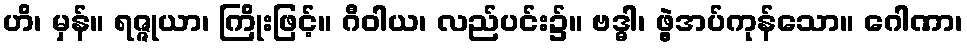
ဟိ၊ မှန်။ ရဇ္ဇုယာ၊ ကြိုးဖြင့်။ ဂီဝါယ၊ လည်ပင်း၌။ ဗဒ္ဓါ၊ ဖွဲ့အပ်ကုန်သော။ ဂေါဏာ၊